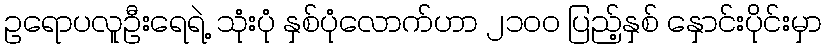
ဥရောပလူဦးရေရဲ့ သုံးပုံ နှစ်ပုံလောက်ဟာ ၂၁၀ဝ ပြည့်နှစ် နှောင်းပိုင်းမှာ